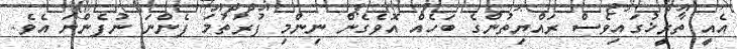
އެއީ ތާރީޚުގައިވެސް ރައްޔިތުންގެ ބަހެއް އޮވެގެން ނިންމި ފުރަތަމަ ފެންނަ ނުފެންނަ އެވެ.